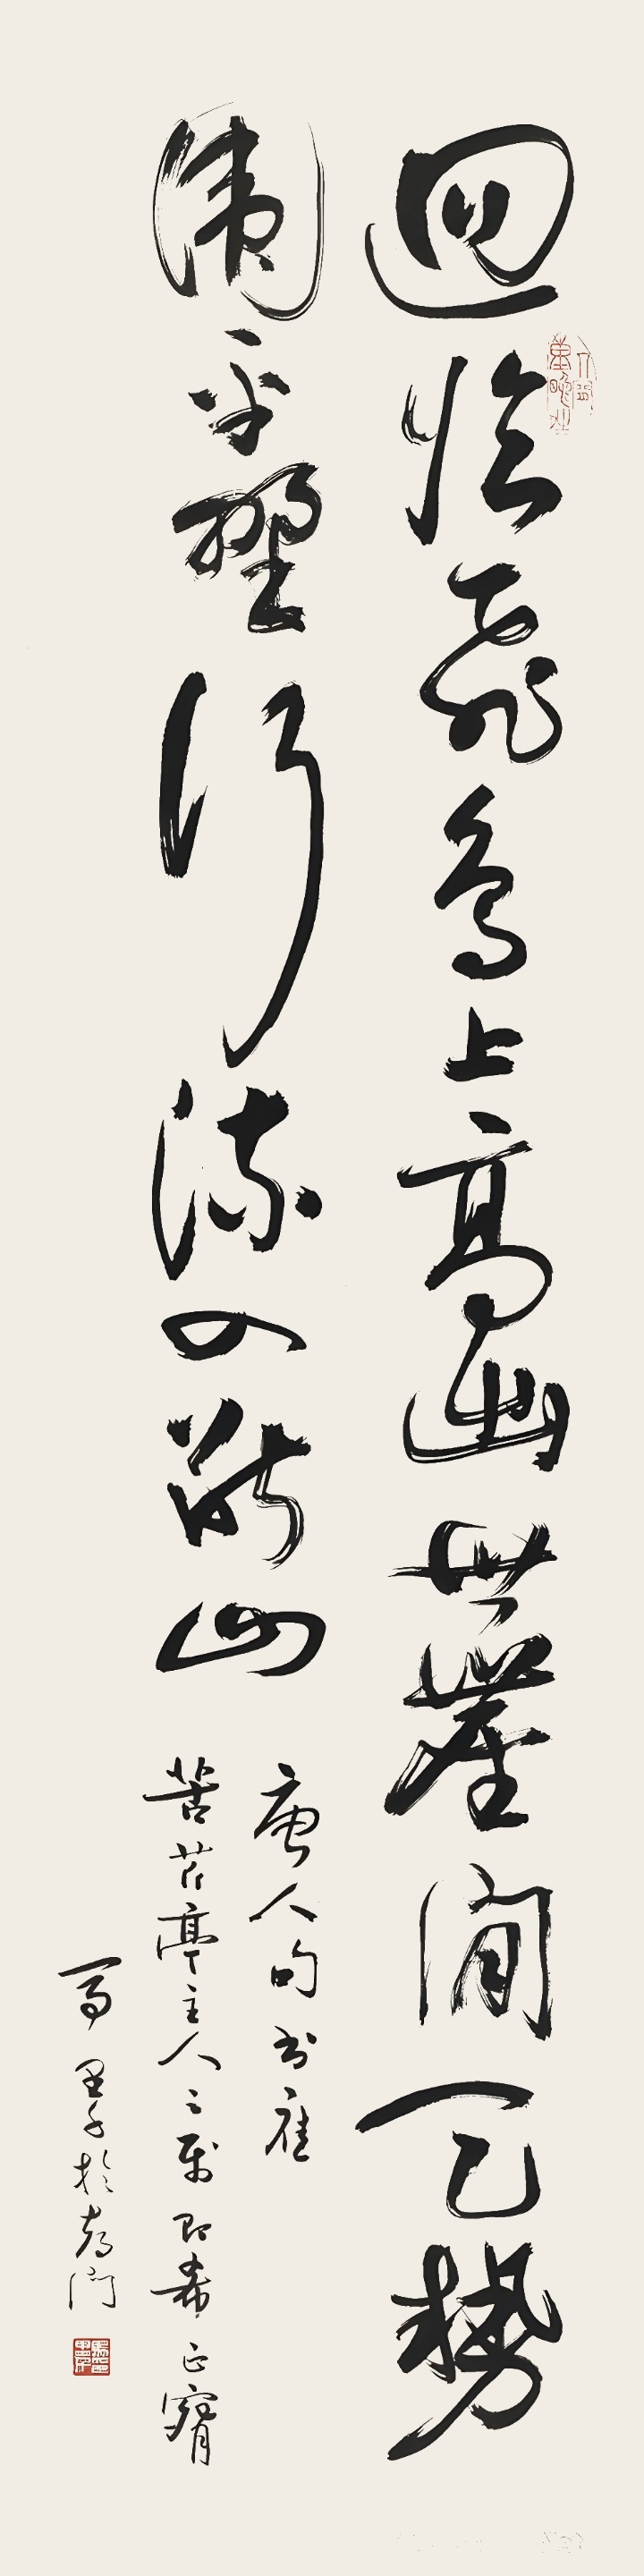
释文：回临飞鸟上，高出世尘间。天势围平野，行流入断山。唐人句，书应苦芹亭主人之属，即希正腕。马里千于都门。